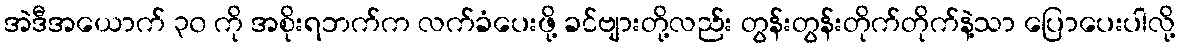
အဲဒီအယောက် ၃၀ ကို အစိုးရဘက်က လက်ခံပေးဖို့ ခင်ဗျားတို့လည်း တွန်းတွန်းတိုက်တိုက်နဲ့သာ ပြောပေးပါလို့